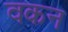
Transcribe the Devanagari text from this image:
वकन